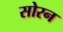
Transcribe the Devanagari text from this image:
सोरन